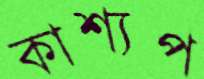
কাশ্যপ